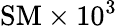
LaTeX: \mathrm{SM}\times 10^{3}